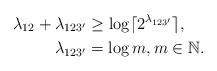
LaTeX: \begin{align*}\lambda_{12}+\lambda_{123'} &\geq \log \lceil 2^{\lambda_{123'}} \rceil,\\ \lambda_{123'}&=\log m, m\in \mathbb{N}.\end{align*}